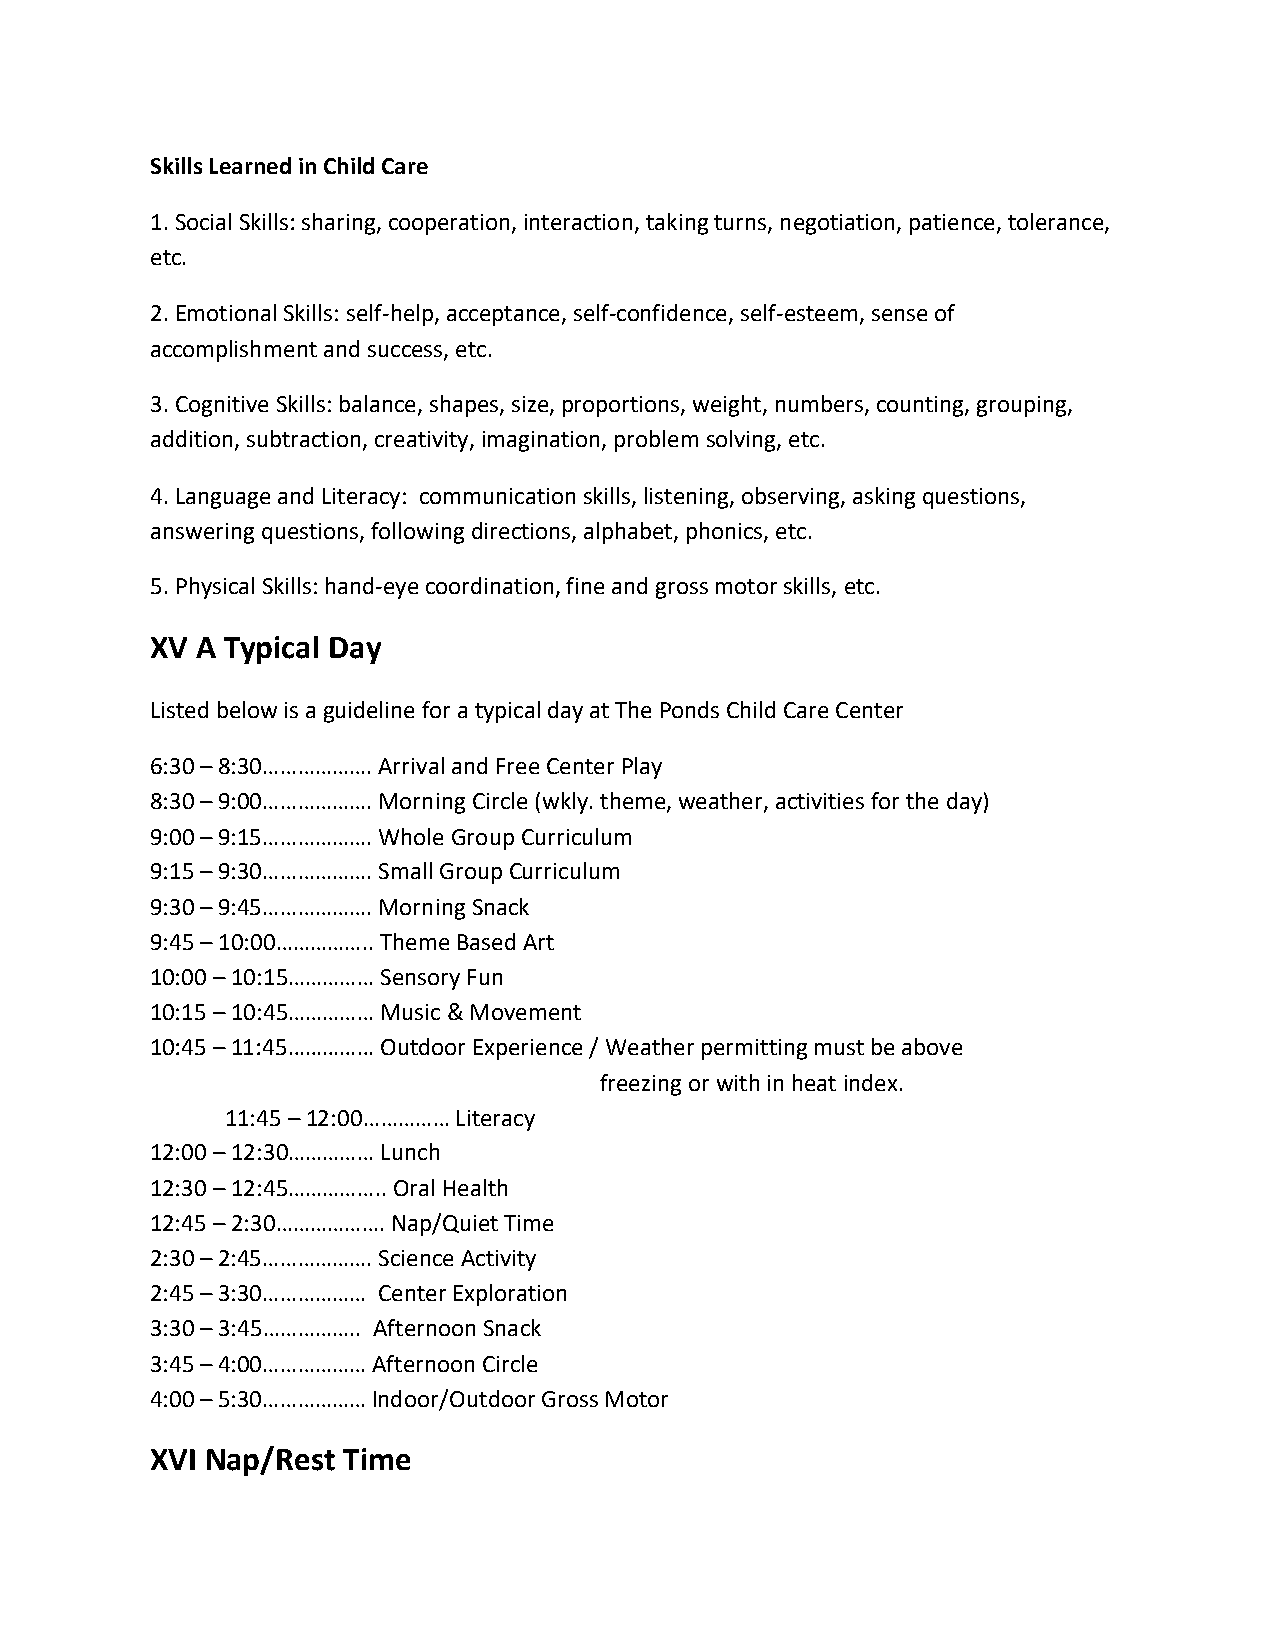
Skills Learned in Child Care
 1. Social Skills: sharing, cooperation, interaction, taking turns, negotiation, patience, tolerance,
 etc.
 2. Emotional Skills: self-help, acceptance, self-confidence, self-esteem, sense of
 accomplishment and success, etc.
 3. Cognitive Skills: balance, shapes, size, proportions, weight, numbers, counting, grouping,
 addition, subtraction, creativity, imagination, problem solving, etc.
 4. Language and Literacy: communication skills, listening, observing, asking questions,
 answering questions, following directions, alphabet, phonics, etc.
 5. Physical Skills: hand-eye coordination, fine and gross motor skills, etc.
 XV A Typical Day
 Listed below is a guideline for a typical day at The Ponds Child Care Center
 6:30 – 8:30………………. Arrival and Free Center Play
 8:30 – 9:00………………. Morning Circle (wkly. theme, weather, activities for the day)
 9:00 – 9:15………………. Whole Group Curriculum
 9:15 – 9:30………………. Small Group Curriculum
 9:30 – 9:45………………. Morning Snack
 9:45 – 10:00…………….. Theme Based Art
 10:00 – 10:15…………… Sensory Fun
 10:15 – 10:45…………… Music & Movement
 10:45 – 11:45…………… Outdoor Experience / Weather permitting must be above
 freezing or with in heat index.
 11:45 – 12:00…………… Literacy
 12:00 – 12:30…………… Lunch
 12:30 – 12:45…………….. Oral Health
 12:45 – 2:30………………. Nap/Quiet Time
 2:30 – 2:45………………. Science Activity
 2:45 – 3:30……………… Center Exploration
 3:30 – 3:45…………….. Afternoon Snack
 3:45 – 4:00……………… Afternoon Circle
 4:00 – 5:30……………… Indoor/Outdoor Gross Motor
 XVI Nap/Rest Time